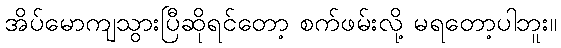
အိပ်မောကျသွားပြီဆိုရင်တော့ စက်ဖမ်းလို့ မရတော့ပါဘူး။